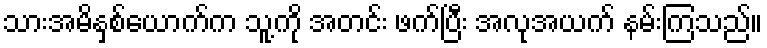
သားအမိနှစ်ယောက်က သူ့ကို အတင်း ဖက်ပြီး အလုအယက် နမ်းကြသည်။